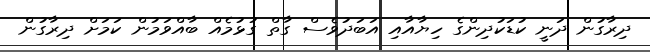
ދިރާގުން ދަނީ ކުޑަކުދިންގެ ހިޔާއާއި އަބަދުވެސް ގާތް ގުޅުމެއް ބާއްވަމުން ކަމަށް ދިރާގުން